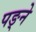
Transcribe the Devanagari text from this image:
पङ्ने